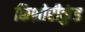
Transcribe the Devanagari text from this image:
किशोरीकुंड